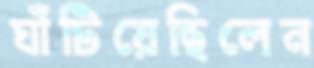
ঘাঁটিয়েছিলেন